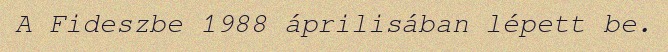
A Fideszbe 1988 áprilisában lépett be.